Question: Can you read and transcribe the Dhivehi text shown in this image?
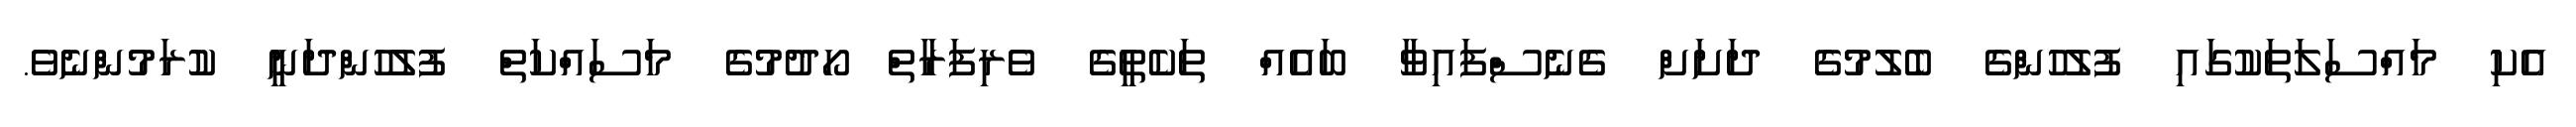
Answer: އެކި މައްސަލަތަކުގައި ފުލުހުންގެ ބެލުމުގެ ދަށަށް ގެނެސްފައިވާ ބައެއް ތަކެތީގެ ވެރިފަރާތް ހޯދުމުގެ މަސައްކަތް ފުލުހުންދަނީ ކުރަމުންނެވެ.